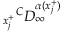
{ _ { x _ { j } ^ { + } } } ^ { C } D _ { \infty } ^ { \alpha ( x _ { j } ^ { + } ) }